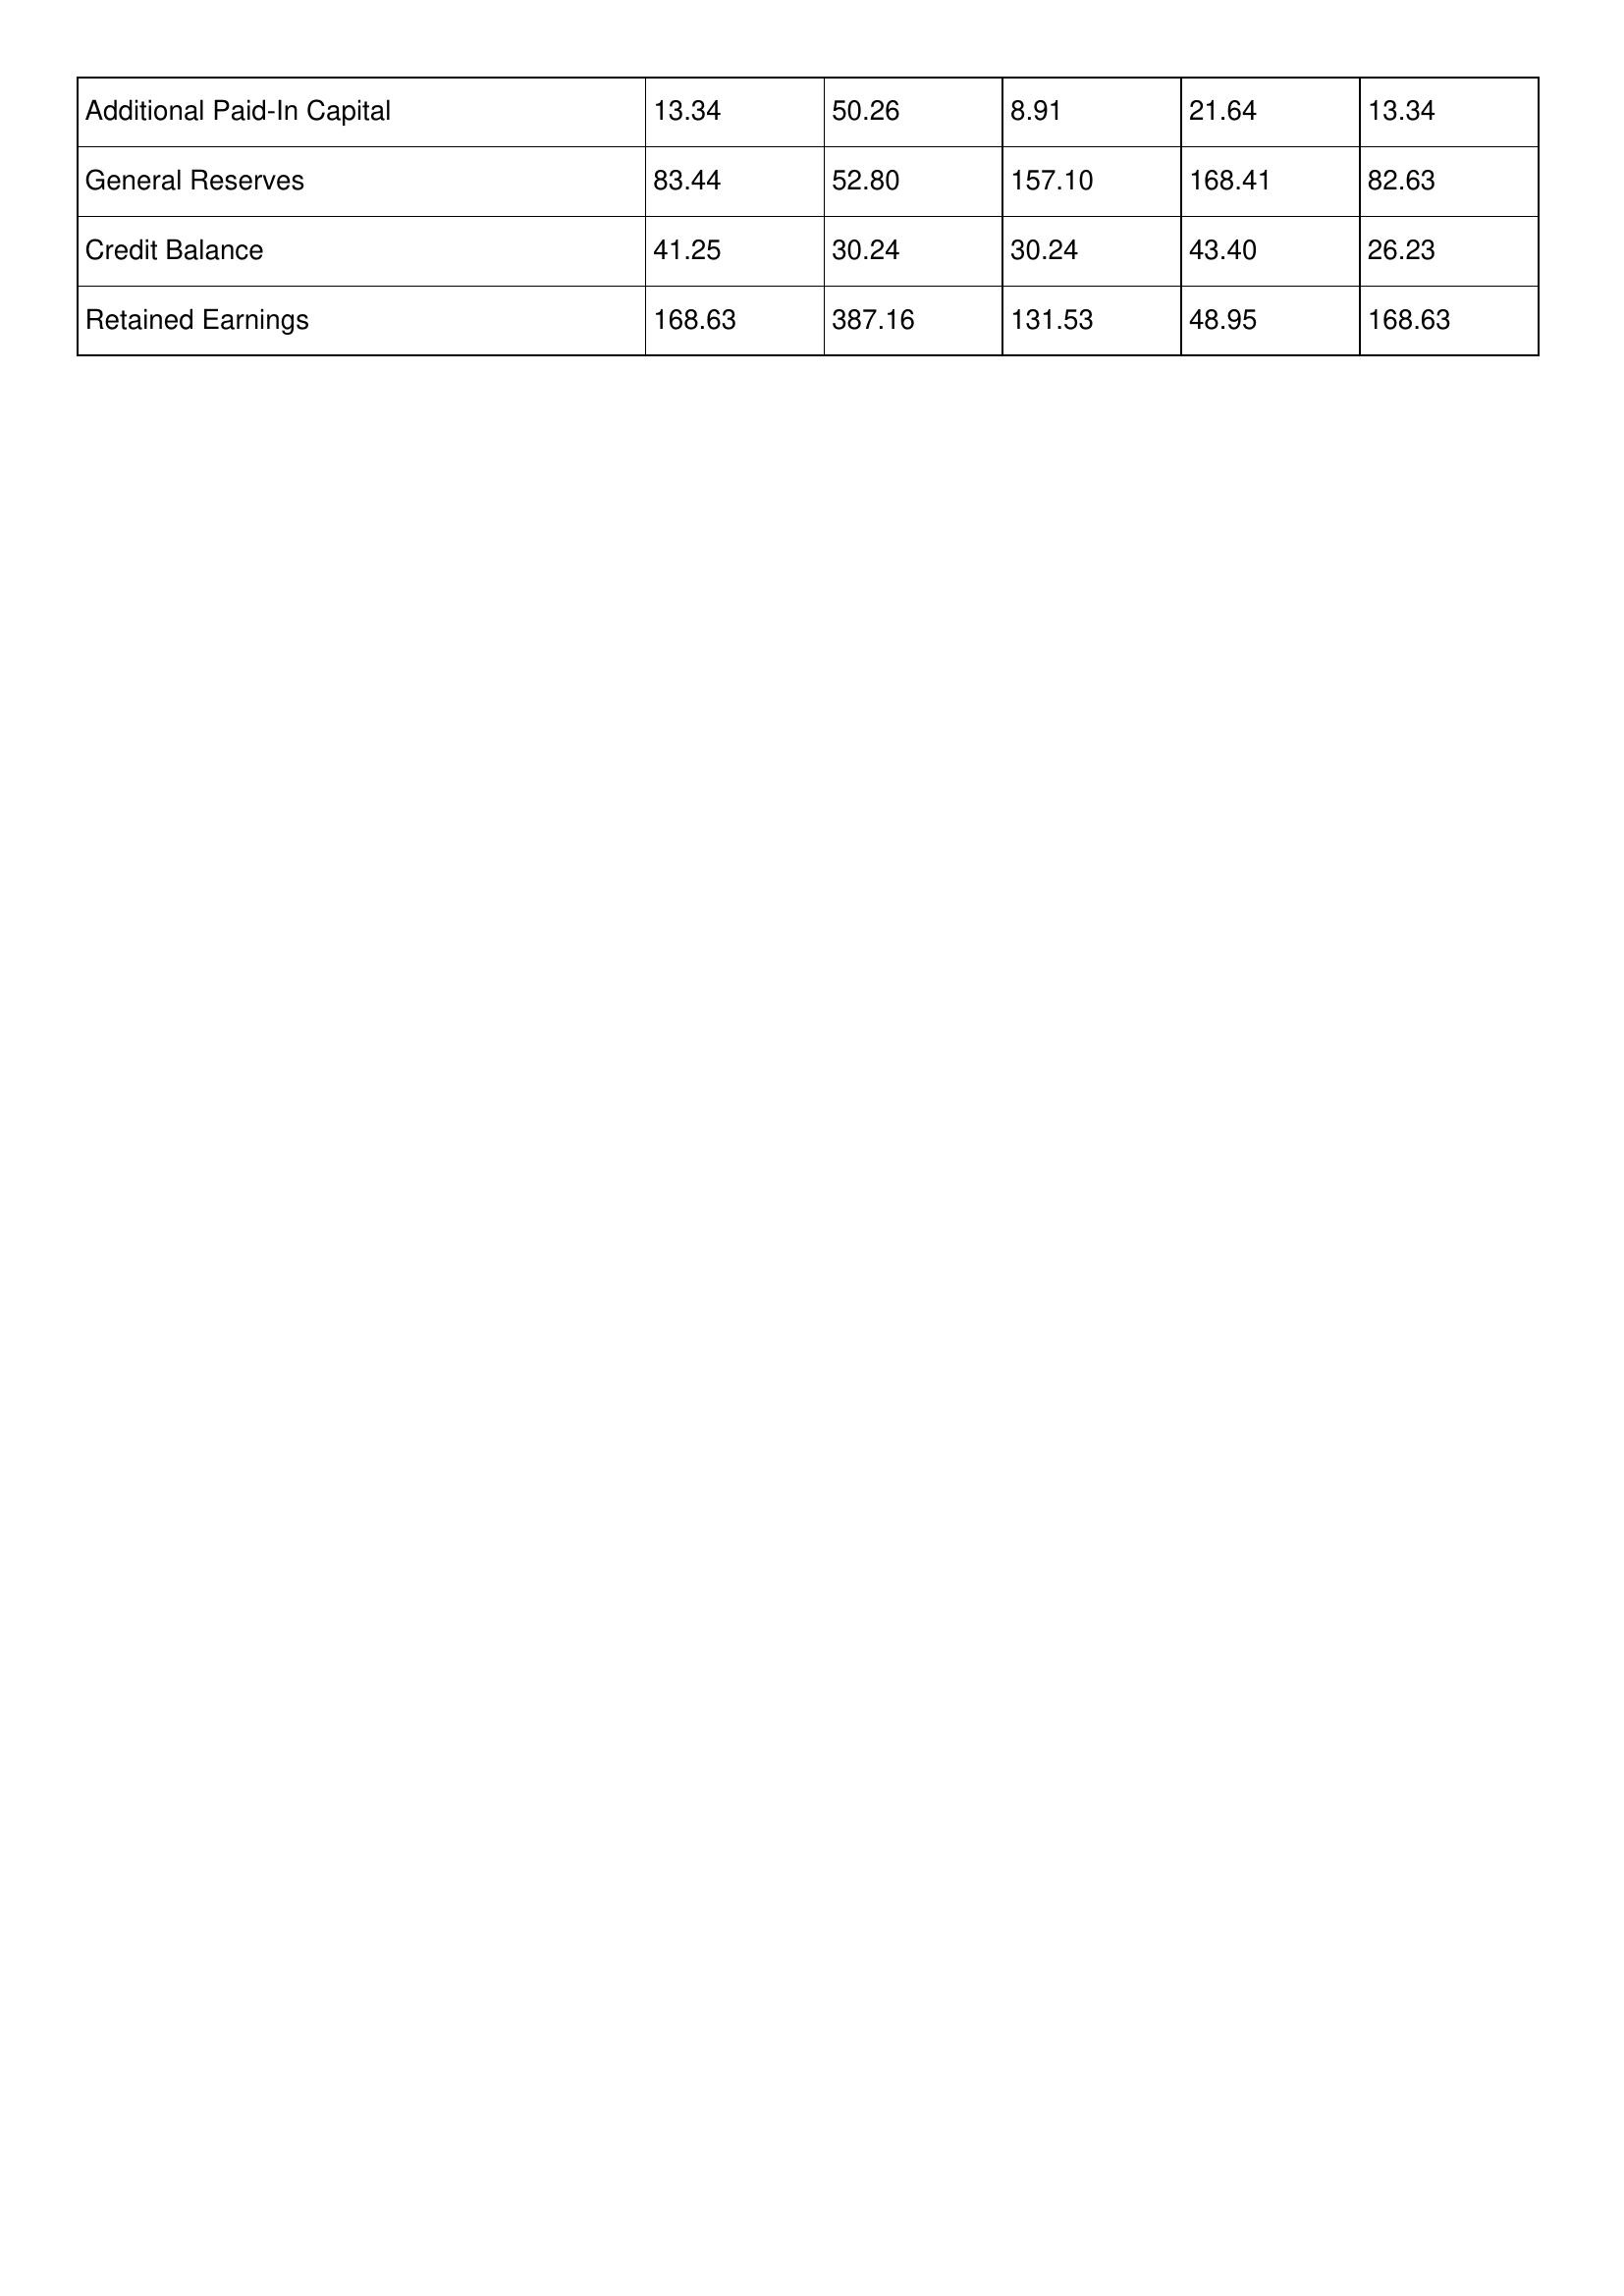
gt_parse: 2005: Additional Paid-In Capital: 13.34
General Reserves: 83.44
Credit Balance: 41.25
Retained Earnings: 168.63
2004: Additional Paid-In Capital: 50.26
General Reserves: 52.80
Credit Balance: 30.24
Retained Earnings: 387.16
2003: Additional Paid-In Capital: 8.91
General Reserves: 157.10
Credit Balance: 30.24
Retained Earnings: 131.53
2002: Additional Paid-In Capital: 21.64
General Reserves: 168.41
Credit Balance: 43.40
Retained Earnings: 48.95
2001: Additional Paid-In Capital: 13.34
General Reserves: 82.63
Credit Balance: 26.23
Retained Earnings: 168.63